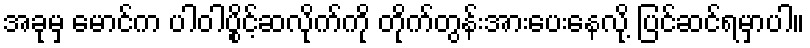
အခုမှ မောင်က ပါဝါပွိုင့်ဆလိုက်ကို တိုက်တွန်းအားပေးနေလို့ ပြင်ဆင်ရမှာပါ။